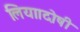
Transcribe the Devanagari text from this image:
लिया।दोषी